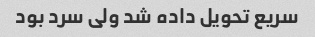
سریع تحویل داده شد ولی سرد بود